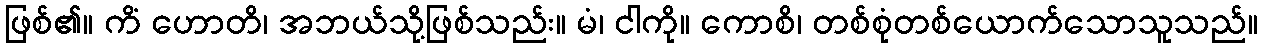
ဖြစ်၏။ ကိံ ဟောတိ၊ အဘယ်သို့ဖြစ်သည်း။ မံ၊ ငါကို။ ကောစိ၊ တစ်စုံတစ်ယောက်သောသူသည်။